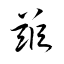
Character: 玆